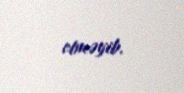
etməyib.